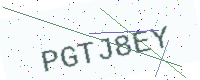
Text: PGTJ8EY